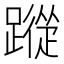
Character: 𮜕